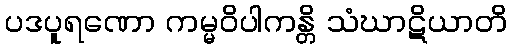
ပဒပူရဏော ကမ္မဝိပါကန္တိ သံဃာဋိယာတိ